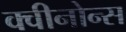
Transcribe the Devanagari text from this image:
क्वीनोन्स